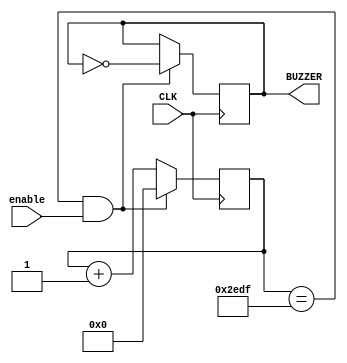
// This program was cloned from: https://github.com/simonmonk/prog_fpgas
// License: MIT License

module alarm(
    input CLK,
    input enable,
    output reg BUZZER
    );

reg [25:0] count;

always @(posedge CLK) 
begin
  count <= count + 1;
  if ((count == 26'd11999) & enable) // 1kHz
  begin
    BUZZER <= ~ BUZZER;
    count <= 0;
  end
end

endmodule